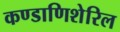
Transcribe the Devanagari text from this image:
कण्डाणिशेरिल